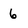
Character: 6